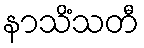
နာသိံသတီ